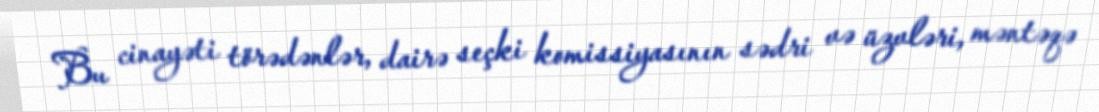
Bu cinayəti törədənlər, dairə seçki komissiyasının sədri və üzvləri, məntəqə